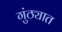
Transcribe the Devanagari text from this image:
गुंठ्यात